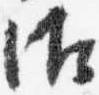
御